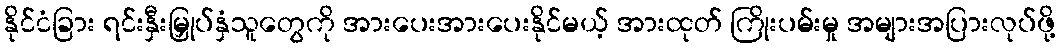
နိုင်ငံခြား ရင်းနှီးမြှုပ်နှံသူတွေကို အားပေးအားပေးနိုင်မယ့် အားထုတ် ကြိုးပမ်းမှု အများအပြားလုပ်ဖို့